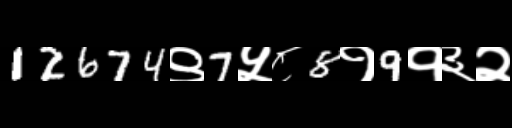
Text: 12674९7५८8१9१३२